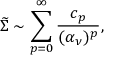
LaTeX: { \widetilde \Sigma } \sim \sum _ { p = 0 } ^ { \infty } { \frac { c _ { p } } { ( \alpha _ { \nu } ) ^ { p } } } ,